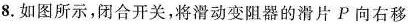
8.如图所示，闭合开关，将滑动变阻器的滑片P向右移